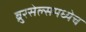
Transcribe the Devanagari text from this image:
ब्रुरसेल्समध्येच